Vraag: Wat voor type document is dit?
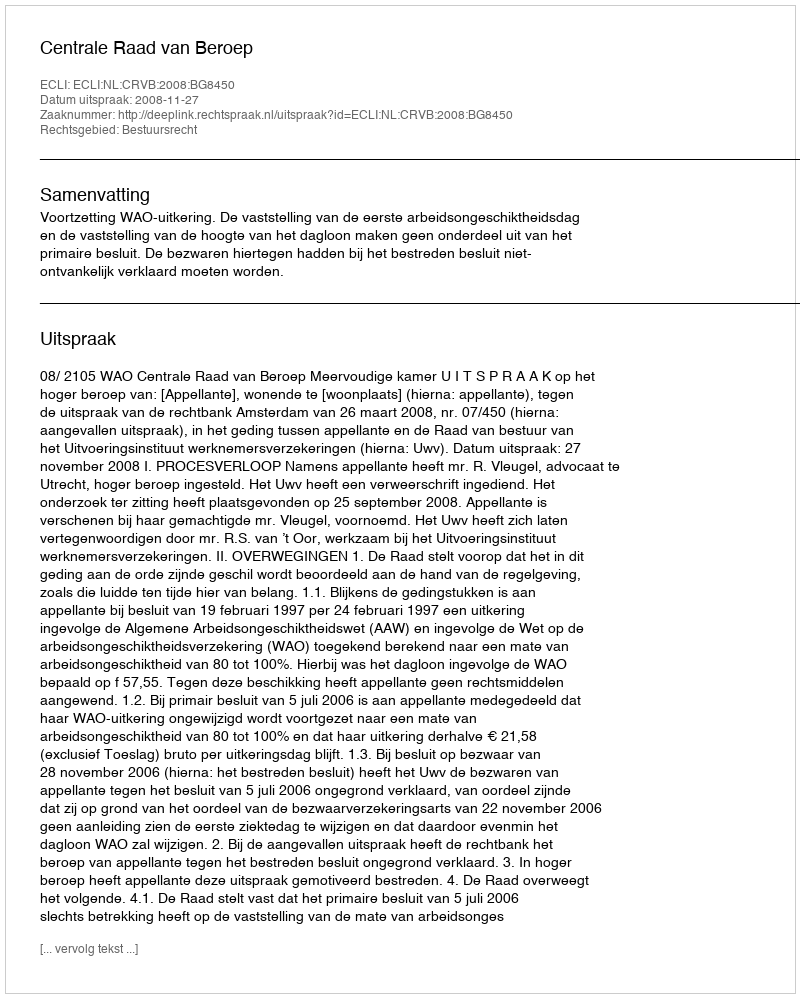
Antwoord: Uitspraak